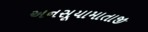
અનસૂયામાતાજી